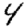
Digit: 4